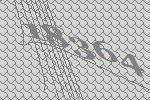
18364